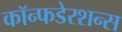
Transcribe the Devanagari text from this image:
कॉन्फडेरशन्स